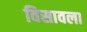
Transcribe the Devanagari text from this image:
विसावला